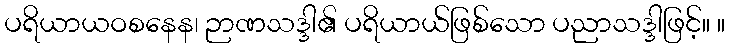
ပရိယာယဝစနေန၊ ဉာဏသဒ္ဒါ၏ ပရိယာယ်ဖြစ်သော ပညာသဒ္ဒါဖြင့်။ ။